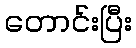
တောင်းပြီး